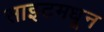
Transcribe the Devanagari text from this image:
साइटमधून